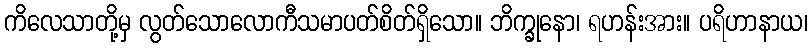
ကိလေသာတို့မှ လွတ်သောလောကီသမာပတ်စိတ်ရှိသော။ ဘိက္ခုနော၊ ရဟန်းအား။ ပရိဟာနာယ၊